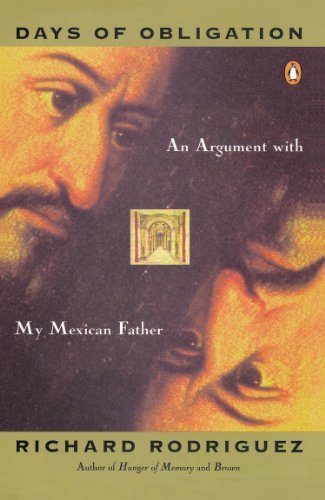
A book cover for Days of Obligation: An Argument with My Mexican Father; Richard Rodriguez; Humor & Entertainment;